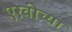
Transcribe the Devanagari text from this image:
एरवीच्या